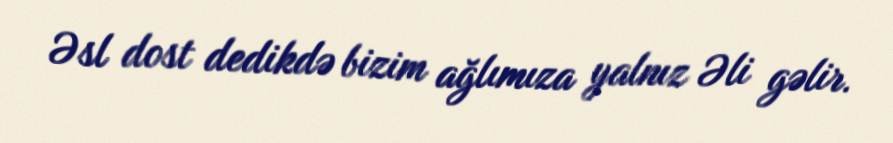
Əsl dost dedikdə bizim ağlımıza yalnız Əli gəlir.